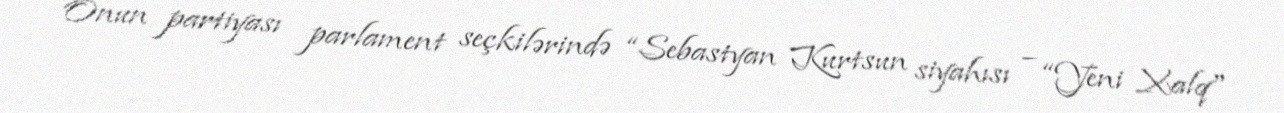
Onun partiyası parlament seçkilərində “Sebastyan Kurtsun siyahısı – “Yeni Xalq"